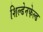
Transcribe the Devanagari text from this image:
शिल्डेनफेल्ड